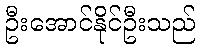
ဦးအောင်နိုင်ဦးသည်